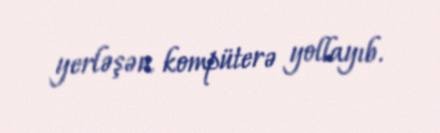
yerləşən kompüterə yollayıb.